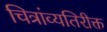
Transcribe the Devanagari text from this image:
चित्रांव्यतिरीक्त